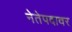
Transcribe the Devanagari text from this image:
नेतेपदावर